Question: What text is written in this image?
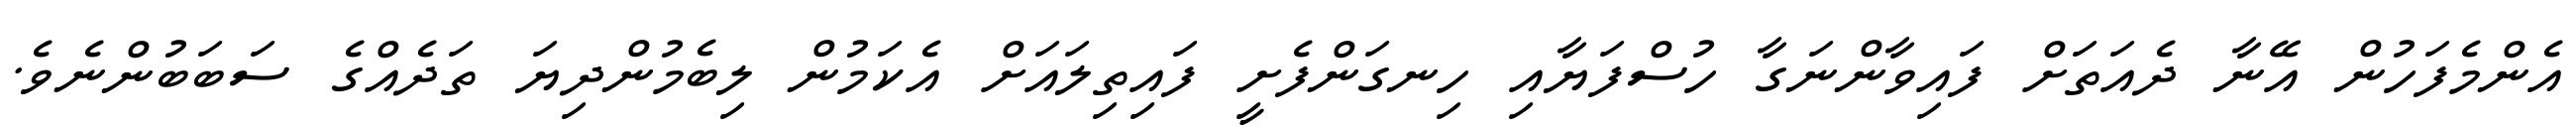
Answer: އެންމެފަހުން އޭނާ ދެއަތަށް ފައިވާންނަގާ ހުސްފަޔާއި ހިނގަންފެށީ ފައިތިލައަށް އެކަމުން ލިބެމުންދިޔަ ތަދެއްގެ ސަބަބުންނެވެ.